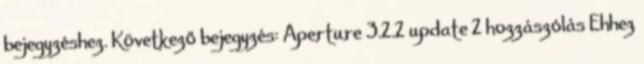
bejegyzéshez. Következő bejegyzés: Aperture 3.2.2 update 2 hozzászólás Ehhez